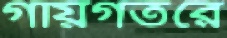
গায়গতরে